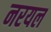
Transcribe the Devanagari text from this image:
नरयल